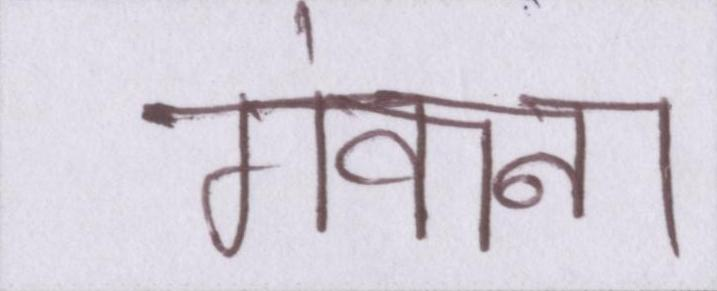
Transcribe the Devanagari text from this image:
गंवाना